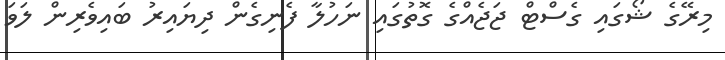
މިރޭގެ ޝޯގައި ގެސްޓް ޖަޖެއްގެ ގޮތުގައި ނަހުލާ ފެނިގެން ދިޔައިރު ބައިވެރިން ލަވަ